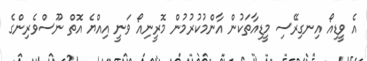
އެ ވީޑިއޯ އިނގިރޭސި މީޑިއާތަކުން އާންމުކުރުމުން މޮރީނިއޯ ވަނީ އިއްޔެ އޮތް ނޫސްވެރިންގެ